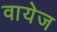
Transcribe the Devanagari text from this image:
वायेज